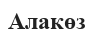
Алакөз